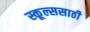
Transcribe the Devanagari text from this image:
स्कूल्ससाठी